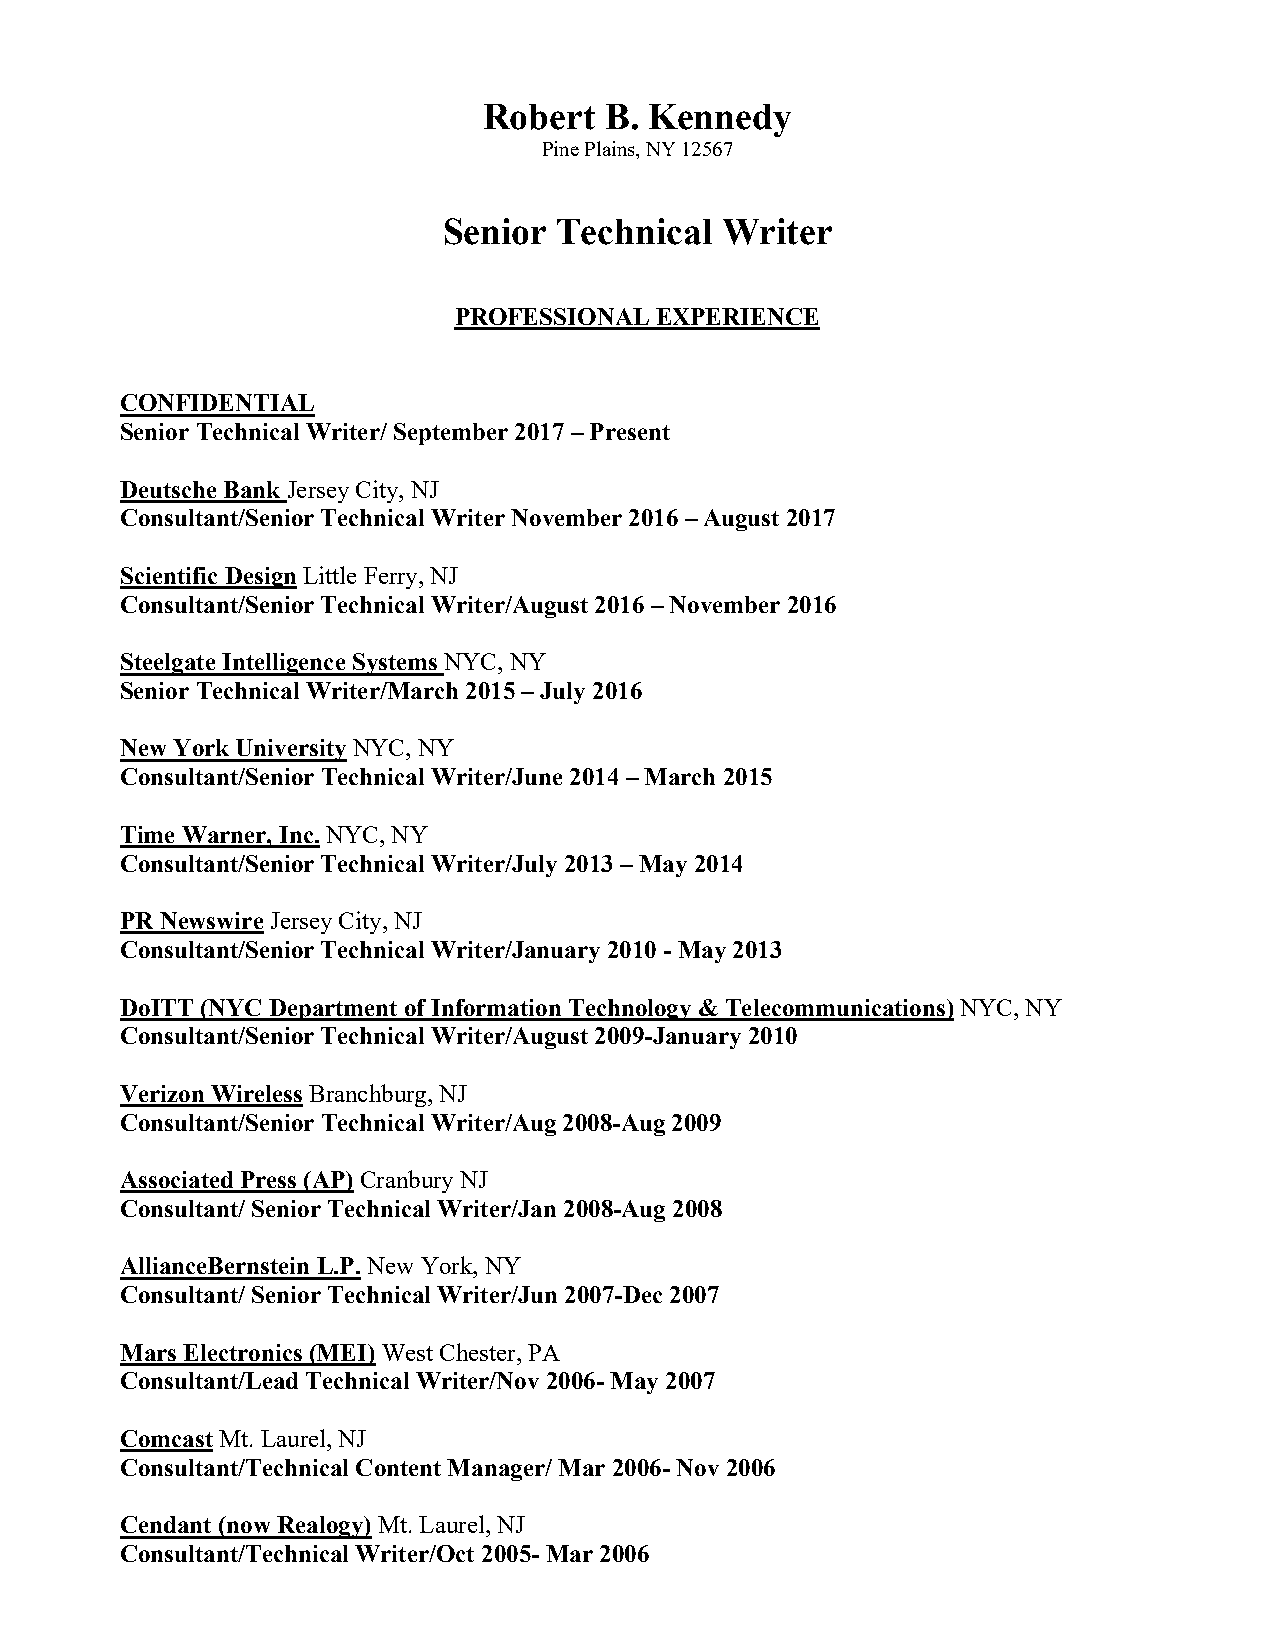
Robert  B. Kennedy
 Pine Plains, NY 12567
 Senior  Technical  Writer
 PROFESSIONAL EXPERIENCE
 CONFIDENTIAL
 Senior Technical Writer/ September 2017 – Present
 Deutsche Bank Jersey City, NJ
 Consultant/Senior Technical Writer November 2016 – August 2017
 Scientific Design Little Ferry, NJ
 Consultant/Senior Technical Writer/August 2016 – November 2016
 Steelgate Intelligence Systems NYC, NY
 Senior Technical Writer/March 2015 – July 2016
 New York University NYC, NY
 Consultant/Senior Technical Writer/June 2014 – March 2015
 Time Warner, Inc. NYC, NY
 Consultant/Senior Technical Writer/July 2013 – May 2014
 PR Newswire Jersey City, NJ
 Consultant/Senior Technical Writer/January 2010 - May 2013
 DoITT (NYC Department of Information Technology & Telecommunications) NYC, NY
 Consultant/Senior Technical Writer/August 2009-January 2010
 Verizon Wireless Branchburg, NJ
 Consultant/Senior Technical Writer/Aug 2008-Aug 2009
 Associated Press (AP) Cranbury NJ
 Consultant/ Senior Technical Writer/Jan 2008-Aug 2008
 AllianceBernstein L.P. New York, NY
 Consultant/ Senior Technical Writer/Jun 2007-Dec 2007
 Mars Electronics (MEI) West Chester, PA
 Consultant/Lead Technical Writer/Nov 2006- May 2007
 Comcast Mt. Laurel, NJ
 Consultant/Technical Content Manager/ Mar 2006- Nov 2006
 Cendant (now Realogy) Mt. Laurel, NJ
 Consultant/Technical Writer/Oct 2005- Mar 2006